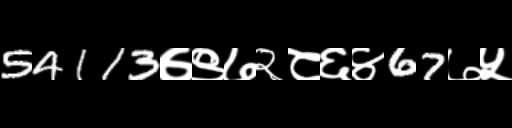
Text: 54113७९७२८६४67७५